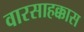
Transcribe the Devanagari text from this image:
वारसाहक्कास